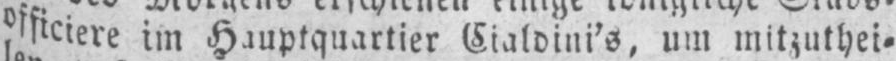
officiere im Hauptquartier Cialdini’s um mitzuthei⸗